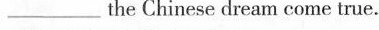
___ the Chinese dream come true.